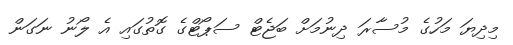
މިދިޔަ މަހުގެ މުސާރަ ދިނުމަށް ބަޖެޓް ސަޕޯޓްގެ ގޮތުގައި އެ ލޯނު ނަގަން